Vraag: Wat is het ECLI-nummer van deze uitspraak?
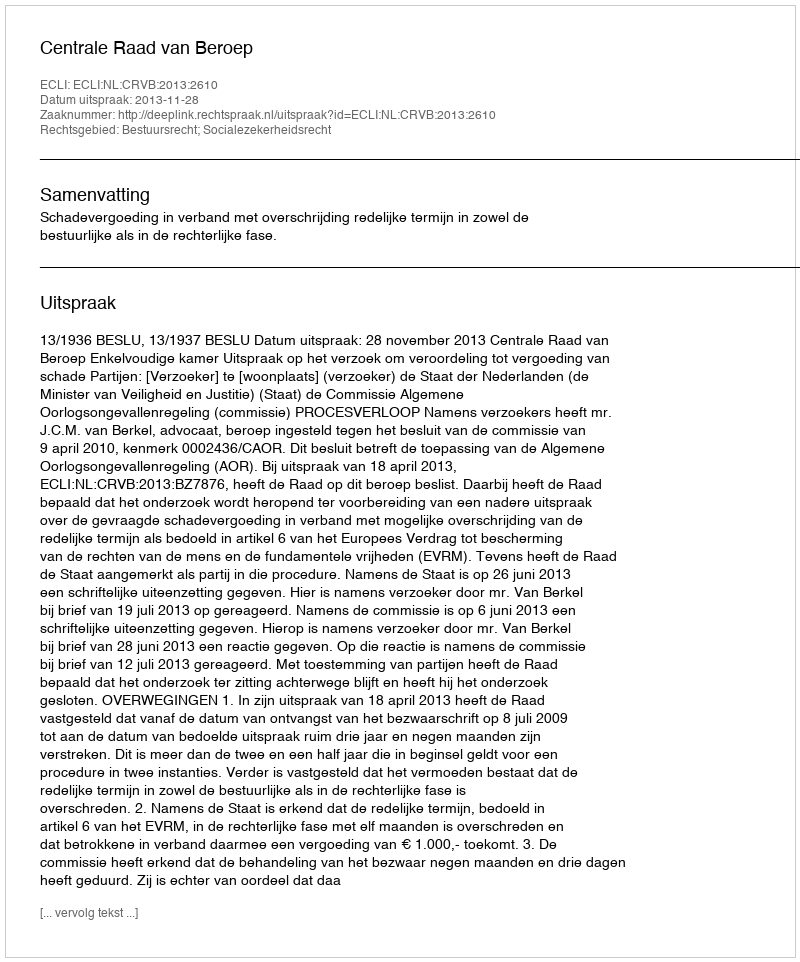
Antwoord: ECLI:NL:CRVB:2013:2610